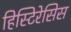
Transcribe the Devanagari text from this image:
हिस्टिरेसिस